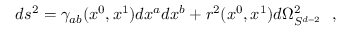
d s ^ { 2 } = \gamma _ { a b } ( x ^ { 0 } , x ^ { 1 } ) d x ^ { a } d x ^ { b } + r ^ { 2 } ( x ^ { 0 } , x ^ { 1 } ) d \Omega _ { S ^ { d - 2 } } ^ { 2 } ~ ~ ,